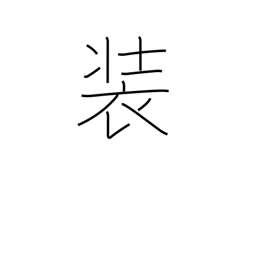
Meaning: attire